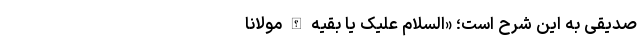
صدیقی به این شرح است؛ «السَّلامُ عَلَیکَ یا بَقِیَّهَ اللَّه مَولانا